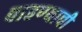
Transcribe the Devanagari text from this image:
वाहण्‍याची